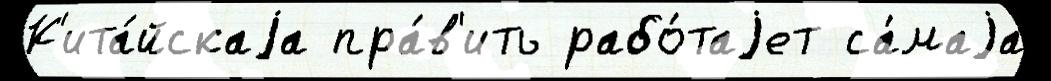
К'ита́йскаjа пра́в'ить рабо́таjет са́маjа